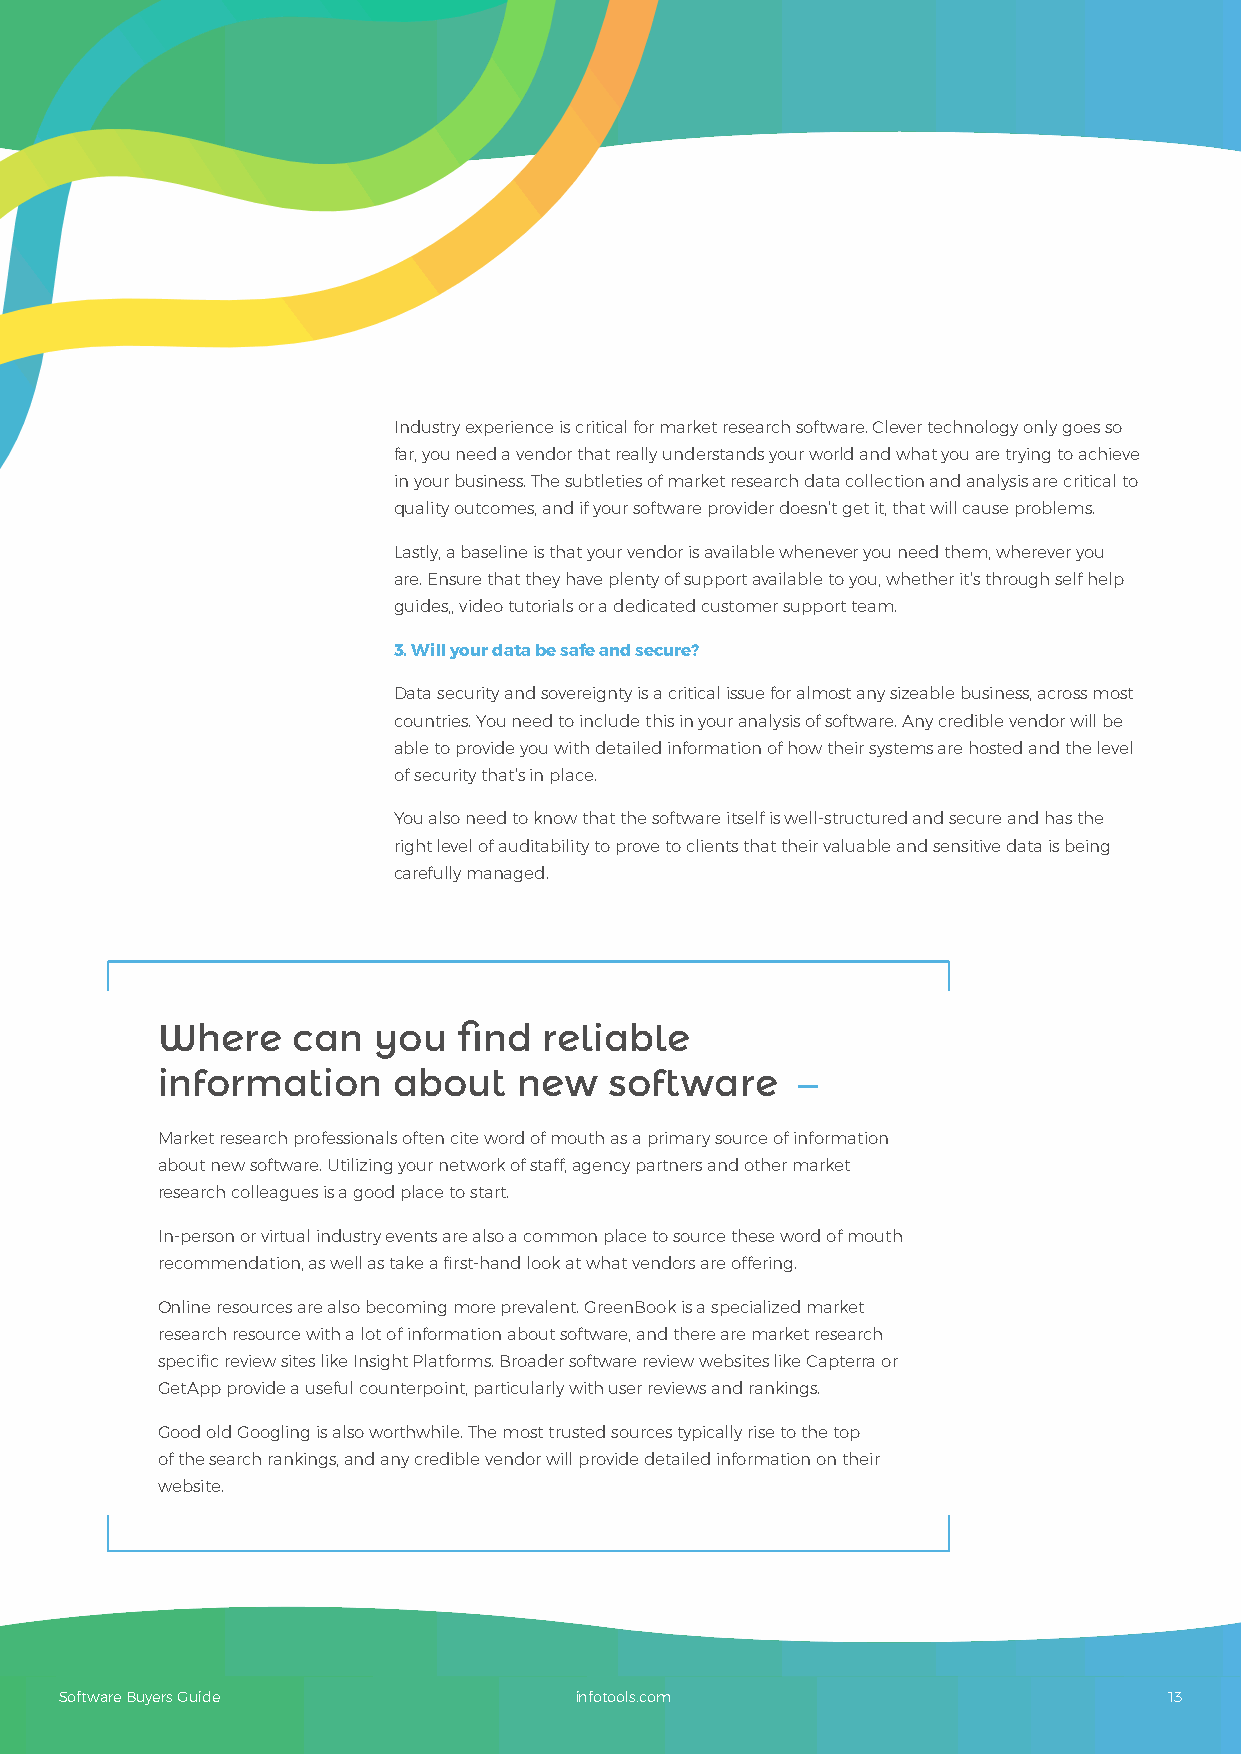
Industry experience is critical for market research software. Clever technology only goes so
 far, you need a vendor that really understands your world and what you are trying to achieve
 in your business. The subtleties of market research data collection and analysis are critical to
 quality outcomes, and if your software provider doesn’t get it, that will cause problems.
 Lastly, a baseline is that your vendor is available whenever you need them, wherever you
 are. Ensure that they have plenty of support available to you, whether it’s through self help
 guides,, video tutorials or a dedicated customer support team.
 3. Will your data be safe and secure?
 Data security and sovereignty is a critical issue for almost any sizeable business, across most
 countries. You need to include this in your analysis of software. Any credible vendor will be
 able to provide you with detailed information of how their systems are hosted and the level
 of security that’s in place.
 You also need to know that the software itself is well-structured and secure and has the
 right level of auditability to prove to clients that their valuable and sensitive data is being
 carefully managed.
 Where    can   you  find  reliable
 information     about   new   software
 —
 Market research professionals often cite word of mouth as a primary source of information
 about new software. Utilizing your network of staff, agency partners and other market
 research colleagues is a good place to start.
 In-person or virtual industry events are also a common place to source these word of mouth
 recommendation, as well as take a first-hand look at what vendors are offering.
 Online resources are also becoming more prevalent. GreenBook is a specialized market
 research resource with a lot of information about software, and there are market research
 specific review sites like Insight Platforms. Broader software review websites like Capterra or
 GetApp provide a useful counterpoint, particularly with user reviews and rankings.
 Good old Googling is also worthwhile. The most trusted sources typically rise to the top
 of the search rankings, and any credible vendor will provide detailed information on their
 website.
 Software Buyers Guide             infotools.com                          13